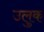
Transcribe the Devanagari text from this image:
उलुक